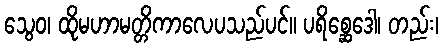
သွေဝ၊ ထိုမဟာမတ္တိကာလေပသည်ပင်။ ပရိစ္ဆေဒေါ၊ တည်း၊